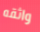
واثقه